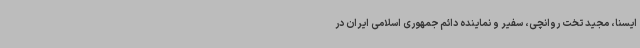
ایسنا، مجید تخت روانچی، سفیر و نماینده دائم جمهوری اسلامی ایران در